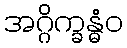
အဂ္ဂိက္ခန္ဓံဝ